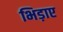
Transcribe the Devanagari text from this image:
भिड़ाए